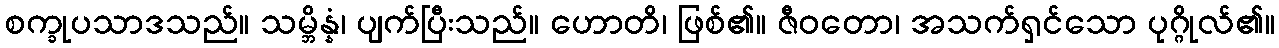
စက္ခုပသာဒသည်။ သမ္ဘိန္နံ၊ ပျက်ပြီးသည်။ ဟောတိ၊ ဖြစ်၏။ ဇီဝတော၊ အသက်ရှင်သော ပုဂ္ဂိုလ်၏။